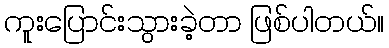
ကူးပြောင်းသွားခဲ့တာ ဖြစ်ပါတယ်။